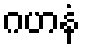
ဂဟနံ